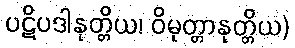
ပဋိပဒါနုတ္တိယ၊ ဝိမုတ္တာနုတ္တိယ)